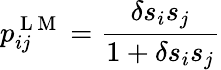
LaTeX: p_{ij}^{\mathrm{~L~M~}}=\frac{\delta s_{i}s_{j}}{1+\delta s_{i}s_{j}}